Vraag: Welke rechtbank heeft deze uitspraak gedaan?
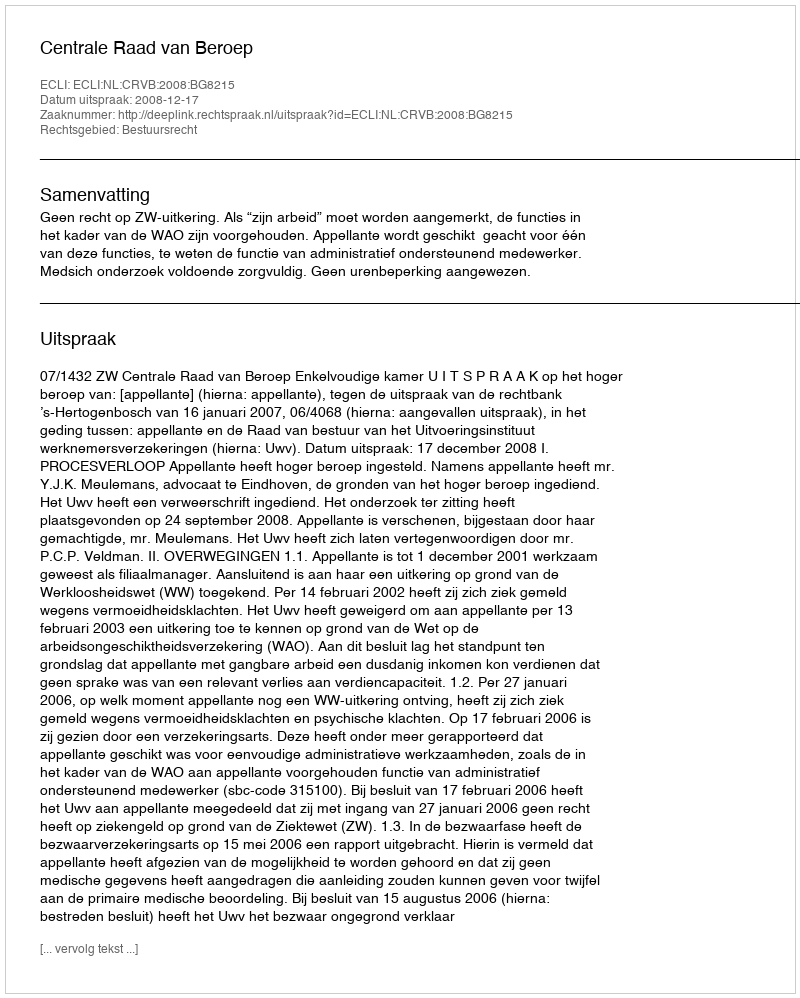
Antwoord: Centrale Raad van Beroep